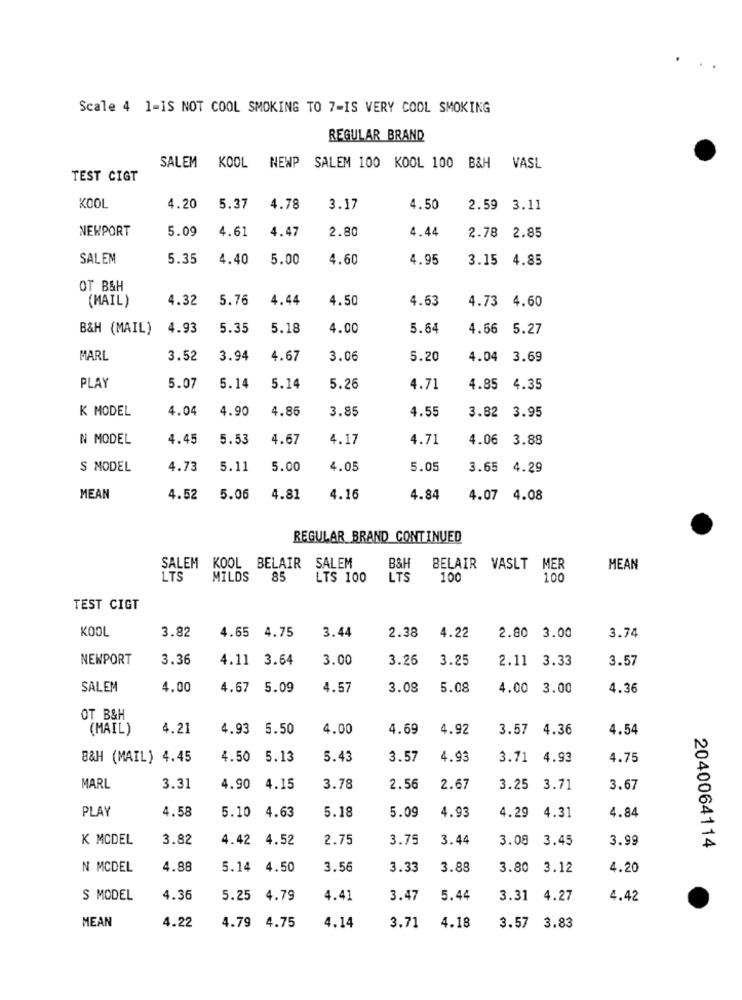
Scale 4 1-IS NOT COOL SMOKING TO 7-IS VERY COOL SMOKING
REGULAR BRAND
SALEM KOOL NEWP SALEM 100 KOOL 100 B&H VASL
TEST CIGT
KOOL
4.20
5.37
4.78
3.17
4.50
2.59
3.11
NEWPORT
5.09
4.61
4.47
2.80
4.44
2.78 2.85
SALEM
5.35
4.40
5.00
4.60
4.95
3.15 4.85
OT B&H
(MAIL)
4.32
5.76
4.44
4.50
4.63
4.73 4.60
B&H (MAIL)
4.93
5.35
5.18
4.00
5.64
4.56 5.27
MARL
3.52
3.94
4.67
3.06
5.20
4.04
3.69
PLAY
5.07
5.14
5.14
5.26
4.71
4.85
4.35
K MODEL
4.04
4.90
4.86
3.85
4.55
3.95
3.82
N MODEL
4.45
5.53
4.67
4.17
4.71
4.06
3.88
S MODEL
4.73
5.11
5.00
4.05
5.05
3.65
4.29
MEAN
4.52
5.06
4.81
4.16
4.84
4.07 4.08
REGULAR BRAND CONTINUED
SALEM KOOL BELAIR SALEM
B&H
BELAIR VASLT MER
MEAN
LTS
MILDS
85
LTS 100
LTS
100
100
TEST CIGT
4.65 4.75
3.44
3.74
KOOL
3.82
2.38
4.22
2.80 3.00
NEWPORT
3.36
4.11
3.64
3.00
3.26
3.25
2.11 3.33
3.57
SALEM
4.00
4.67
5.09
4.57
3.08
5.08
4.00 3.00
4.36
OT B&H
(MAIL)
4.21
4.93
5.50
4.00
4.69
4.92
3.57 4.36
4.54
B&H (MAIL) 4.45
4.50
5.13
5.43
3.57
4.93
3.71 4.93
4.75
MARL
3.31
4.90 4.15
3.78
2.56
2.67
3.25
3.71
3.67
PLAY
5.18
4.84
4.58
4.63
5.09
4.93
4.29 4.31
K MCDEL
3.82
4.42 4.52
2.75
3.75
3.44
3.08
3.45
3.99
2040064114
N MCDEL
4.88
5.14 4.50
3.56
3.33
3.88
3.80
3.12
4.20
S MODEL
4.36
5.25 4.79
4.41
3.47
5.44
3.31
4.27
4.42
MEAN
4.22
4.79 4.75
4.14
3.71
4.18
3.57 3.83